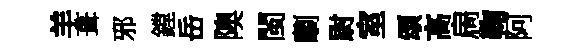
羊葺邪鏜岳隩閩劘尉室頌高扄鞠阿